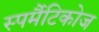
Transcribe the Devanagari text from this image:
स्पर्मैटिकोज